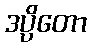
ဒပ္ပိတော